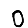
Digit: 0